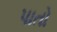
પાતો